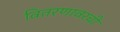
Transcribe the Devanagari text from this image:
वितरणावरची